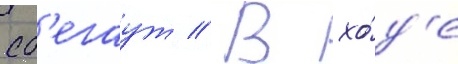
сб'егаут // В хо́д'е